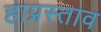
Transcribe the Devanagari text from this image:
हाप्रस्ताव